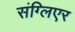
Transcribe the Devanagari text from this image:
संग्लिएर